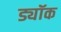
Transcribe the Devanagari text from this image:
ड्यॉक